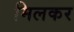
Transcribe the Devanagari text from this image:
मिलकर